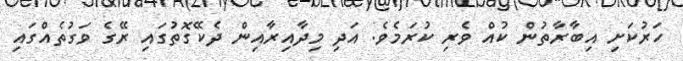
ހަރުކަށި އިބާރާތުން ކުއް ވެރި ކުރަމެވެ. އަދި މިދާއިރާއިން ދެކޭގޮތުގައި ރޭގެ ވަގުތެއްގައި